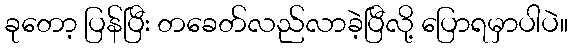
ခုတော့ ပြန်ပြီး တခေတ်လည်လာခဲ့ပြီလို့ ပြောရမှာပါပဲ။